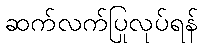
ဆက်လက်ပြုလုပ်ရန်